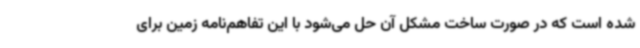
شده است که در صورت ساخت مشکل آن حل می‌شود با این تفاهم‌نامه زمین برای